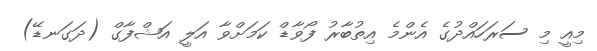
މިއީ މި ސަރަހައްދުގެ އެންމެ އިތުބާރު ފޯވާޑް ކަމަށްވާ އަލީ އަޝްފާގް (ދަގަނޑޭ)